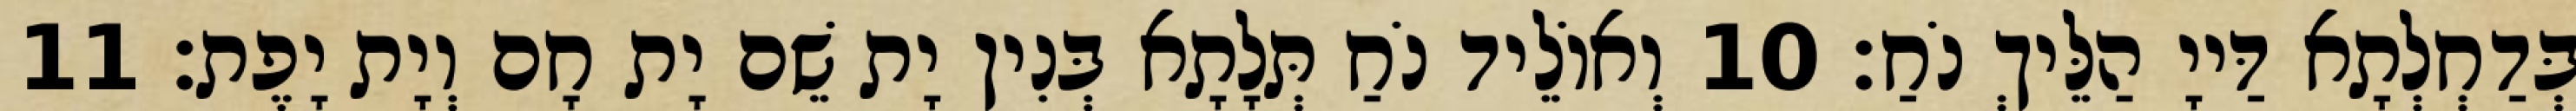
בְּדַחְלְתָא דַּייָ הַלֵּיךְ נֹחַ׃ 10 וְאוֹלֵיד נֹחַ תְּלָתָא בְּנִין יָת שֵׁם יָת חָם וְיָת יָפֶת׃ 11